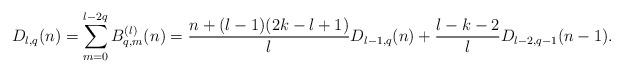
LaTeX: \begin{align*}D_{l,q}(n) = \sum_{m=0}^{l-2q}B_{q,m}^{(l)}(n)=\frac{n+(l-1)(2k-l+1)}{l}D_{l-1,q}(n)+\frac{l-k-2}{l}D_{l-2,q-1}(n-1).\end{align*}